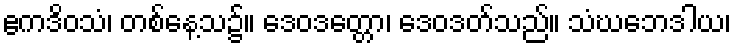
ဧကဒိဝသံ၊ တစ်နေ့သ၌။ ဒေဝဒတ္တော၊ ဒေဝဒတ်သည်။ သံဃဘေဒါယ၊